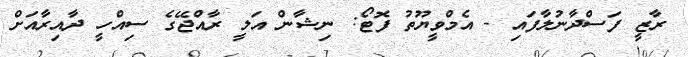
ރާޒީ ފަސްދާނުލާފައި - އެމްވީޔޫތު ފޮޓޯ: ނިޝާން އަލީ ރާއްޖޭގެ ސިއްހީ ދާއިރާއަށް